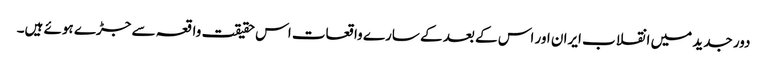
دور جدید میں انقلاب ایران اور اس کے بعد کے سارے واقعات اس حقیقت واقعہ سے جڑے ہوئے ہیں۔